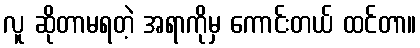
လူ ဆိုတာမရတဲ့ အရာကိုမှ ကောင်းတယ် ထင်တာ။